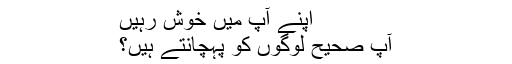
اپنے آپ میں خوش رہیں
آپ صحیح لوگوں کو پہچانتے ہیں؟